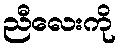
ညီလေးကို